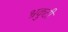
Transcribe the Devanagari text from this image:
भ्रकुटी